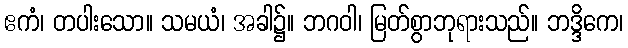
ဧကံ၊ တပါးသော။ သမယံ၊ အခါ၌။ ဘဂဝါ၊ မြတ်စွာဘုရားသည်။ ဘဒ္ဒိကေ၊